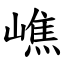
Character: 嶕